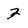
Character: 2